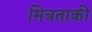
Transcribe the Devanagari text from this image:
मित्रताकी